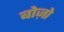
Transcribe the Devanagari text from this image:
बोज़ो